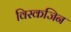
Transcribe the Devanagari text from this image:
विस्कजिन